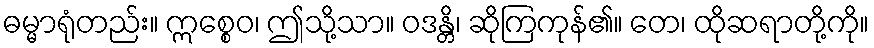
ဓမ္မာရုံတည်း။ ဣစ္စေဝ၊ ဤသို့သာ။ ဝဒန္တိ၊ ဆိုကြကုန်၏။ တေ၊ ထိုဆရာတို့ကို။